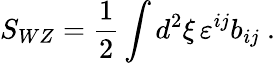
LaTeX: S_{WZ}={\frac{1}{2}}\int d^{2}\xi\, \varepsilon^{ij}b_{ij}\ .